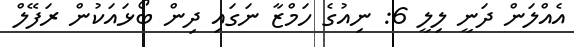
އެއްލަން ދަނީ ލިލީ 6: ނިއުގެ ހަމްޒާ ނަގައި ދިން ބޯޅައަކުން ރަފޭލް